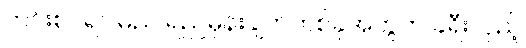
ကင်းစင်ရပါမည် ရည်မှန်းချက်တစ်ခုအတွက် ခရီးလှည့်